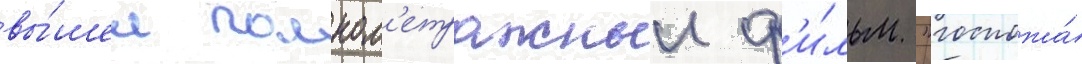
вы́шел полном'етражныи ф'и́льм "госпожа́